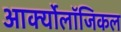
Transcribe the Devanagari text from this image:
आर्क्योलॉजिकल